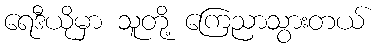
ရေဒီယိုမှာ သူတို့ ကြေညာသွားတယ်